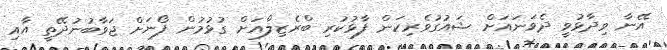
އޭނާ ވިދާޅުވީ ދެވަނައަަށް ޝައުގުވެރިކަން ފާޅުކުރި ބްރެޒިލްއަށް ގުޅުމުން ފޯނަށް ޖަވާބުނުދޭތީ އާއި